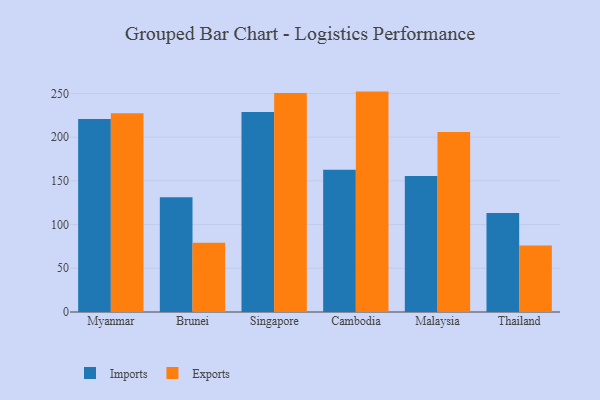
{"axis": {"x": "Country", "y": "Net Income (USD K)"}, "legend": ["Exports", "Imports"], "data": [{"x": "Myanmar", "y": 220.7, "type": "Imports"}, {"x": "Myanmar", "y": 227.3, "type": "Exports"}, {"x": "Brunei", "y": 131.2, "type": "Imports"}, {"x": "Brunei", "y": 79.3, "type": "Exports"}, {"x": "Singapore", "y": 228.8, "type": "Imports"}, {"x": "Singapore", "y": 250.5, "type": "Exports"}, {"x": "Cambodia", "y": 162.7, "type": "Imports"}, {"x": "Cambodia", "y": 252.1, "type": "Exports"}, {"x": "Malaysia", "y": 155.6, "type": "Imports"}, {"x": "Malaysia", "y": 205.8, "type": "Exports"}, {"x": "Thailand", "y": 113.2, "type": "Imports"}, {"x": "Thailand", "y": 76.2, "type": "Exports"}]}